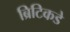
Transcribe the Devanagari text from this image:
ब्रिटिकडे